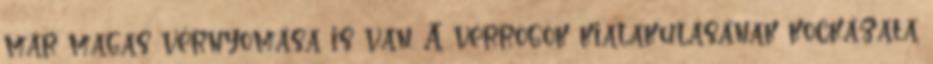
már magas vérnyomása is van. A vérrögök kialakulásának kockázata